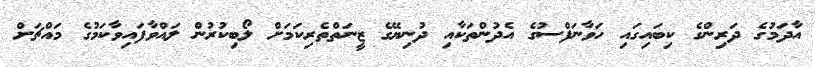
އާދަމުގެ ދަރިންގެ ކިބައިގައި ހަވާނަފްސުގެ އެދުންތަކާއި ދުނިޔޭގެ ޒީނަތްތެރިކަމަށް ލޯބިކުރުން ލައްވާފައިވާކަމުގެ މައްޗަށް